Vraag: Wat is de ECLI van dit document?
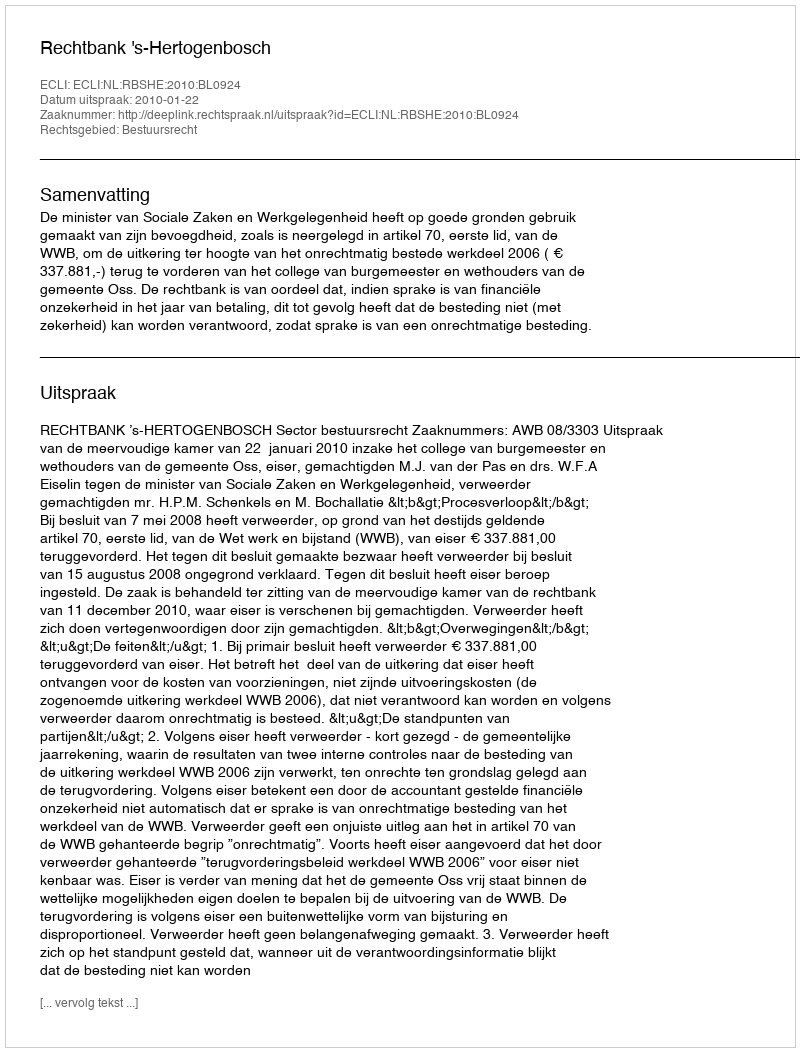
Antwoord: ECLI:NL:RBSHE:2010:BL0924